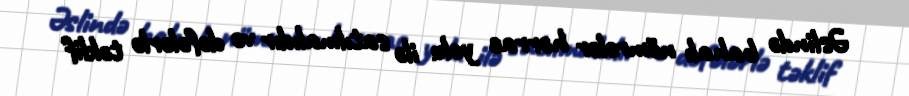
Əslində bahalı nömrələr hərrac yolu ilə satılmalıdır və dəfələrlə təklif